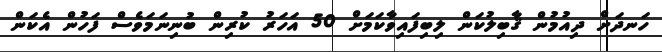
ހަނދަށް ދިއުމުން ޤާބިލުކަން ލިބިފައިވާކަމަށް 50 އަހަރު ކުރިން ބުނިނަމަވެސް ފަހުން އެކަން